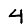
Digit: 4